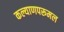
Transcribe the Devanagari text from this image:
कल्याणपरूमल